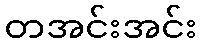
တအင်းအင်း